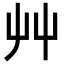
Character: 艸